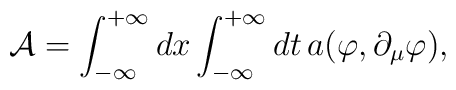
\mathcal{A}=\int_{-\infty}^{+\infty}dx\int_{-\infty}^{+\infty}dt\, a(\varphi, \partial_{\mu}\varphi),